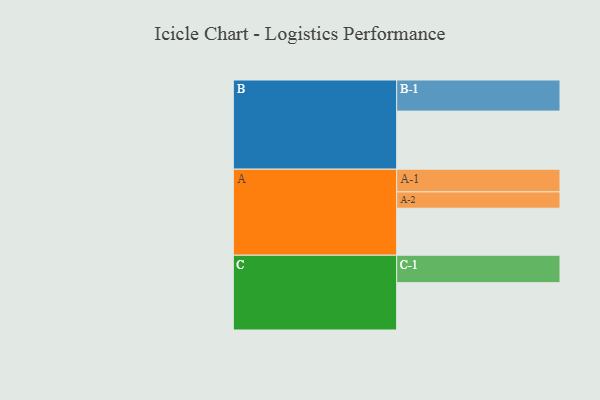
{"axis": {"x": "Segment", "y": "Value"}, "legend": ["", "A", "B", "C"], "data": [{"x": "A", "y": 446, "type": ""}, {"x": "B", "y": 551, "type": ""}, {"x": "C", "y": 449, "type": ""}, {"x": "A-1", "y": 215, "type": "A"}, {"x": "A-2", "y": 155, "type": "A"}, {"x": "B-1", "y": 295, "type": "B"}, {"x": "C-1", "y": 260, "type": "C"}]}